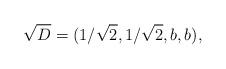
LaTeX: \begin{align*}\sqrt{D}=(1/\sqrt{2},1/\sqrt{2},b,b),\end{align*}